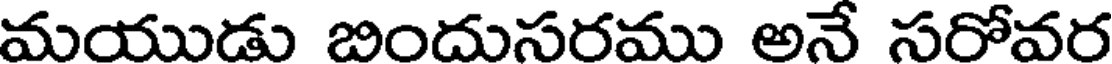
మయుడు బిందుసరము అనే సరోవర